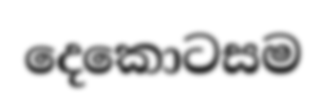
දෙකොටසම